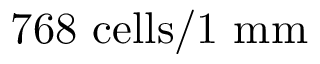
7 6 8 ~ \mathrm { c e l l s } / 1 ~ \mathrm { m m }